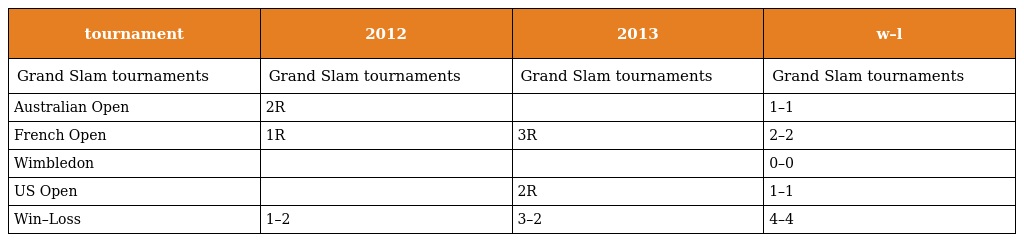
| tournament | 2012 | 2013 | w–l |
 | --- | --- | --- | --- |
 | Grand Slam tournaments | Grand Slam tournaments | Grand Slam tournaments | Grand Slam tournaments |
 | Australian Open | 2R |  | 1–1 |
 | French Open | 1R | 3R | 2–2 |
 | Wimbledon |  |  | 0–0 |
 | US Open |  | 2R | 1–1 |
 | Win–Loss | 1–2 | 3–2 | 4–4 |